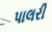
પાલરી